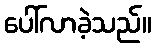
ပေါ်လာခဲ့သည်။